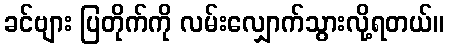
ခင်ဗျား ပြတိုက်ကို လမ်းလျှောက်သွားလို့ရတယ်။